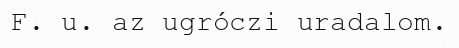
F. u. az ugróczi uradalom.